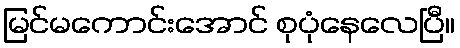
မြင်မကောင်းအောင် စုပုံနေလေပြီ။